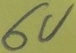
Text: 6V